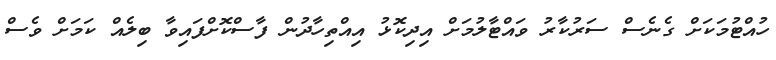
ހުއްޓުމަކަށް ގެނެސް ސަރުކާރު ވައްޓާލުމަށް އިދިކޮޅު އިއްތިހާދުން ފާސްކޮށްފައިވާ ބިލެއް ކަމަށް ވެސް